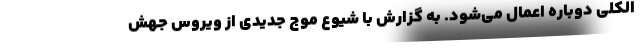
الکلی دوباره اعمال می‌شود. به گزارش با شیوع موج جدیدی از ویروس جهش